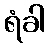
ရံခါ